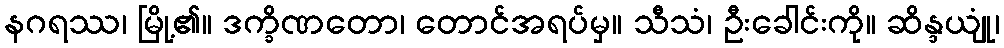
နဂရဿ၊ မြို့၏။ ဒက္ခိဏတော၊ တောင်အရပ်မှ။ သီသံ၊ ဦးခေါင်းကို။ ဆိန္ဒယျုံ၊